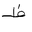
Letter: _za